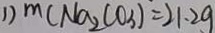
1 ) m ( N a _ { 2 } C O _ { 3 } ) = 2 1 . 2 g